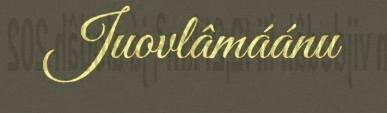
Juovlâmáánu